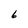
Character: 6